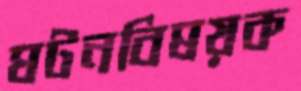
ঘটনবিষয়ক